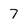
Character: 7